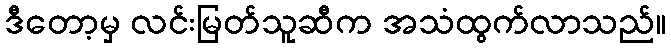
ဒီတော့မှ လင်းမြတ်သူဆီက အသံထွက်လာသည်။